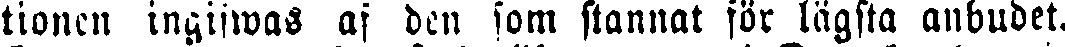
lianen ingwifwas af den som stannat för lägsta anbudet.